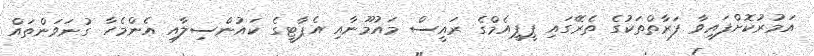
އަމުރުކޮށްފައިވާ ފަރާތްތަކުގެ ތެރޭގައި ޕީޕީއެމްގެ ރައީސް މައުމޫނާއި އެޕާޓީގެ ކައުންސިލާއި އެންމެހާ ގުނަވަންތައް